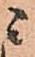
ニ